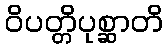
ဝိပတ္တိပုစ္ဆာတိ